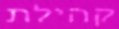
קהילת